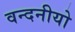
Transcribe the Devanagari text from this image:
वन्दनीयो